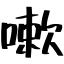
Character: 嗽